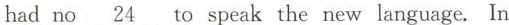
hadno \underline{24 }to speak the new language. In